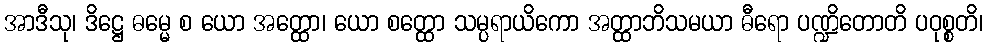
အာဒီသု၊ ဒိဋ္ဌေ ဓမ္မေ စ ယော အတ္ထော၊ ယော စတ္ထော သမ္ပရာယိကော အတ္ထာဘိသမယာ ဓီရော ပဏ္ဍိတောတိ ပဝုစ္စတိ၊